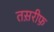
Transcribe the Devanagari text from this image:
तस़रीफ़